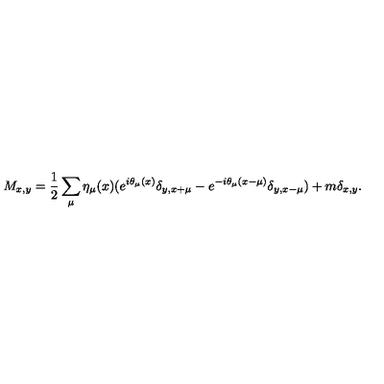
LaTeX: M _ { x , y } = \frac { 1 } { 2 } \sum _ { \mu } \eta _ { \mu } ( x ) ( e ^ { i \theta _ { \mu } ( x ) } \delta _ { y , x + \mu } - e ^ { - i \theta _ { \mu } ( x - \mu ) } \delta _ { y , x - \mu } ) + m \delta _ { x , y } .